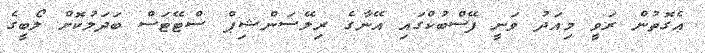
އެގޮތުން ރަވީ މިއަދު ވަނީ ފޭސްބުކްގައި އޭނާގެ ރިލޭސަންޝިޕް ސްޓޭޓަސް ބަދަލުކޮށް ލޯބީގެ